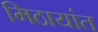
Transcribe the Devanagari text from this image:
मिठायांत